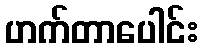
ဟက်တာပေါင်း